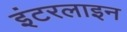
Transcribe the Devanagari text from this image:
इंटरलाइन